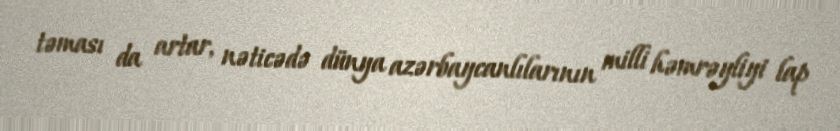
təması da artar, nəticədə dünya azərbaycanlılarının milli həmrəyliyi lap